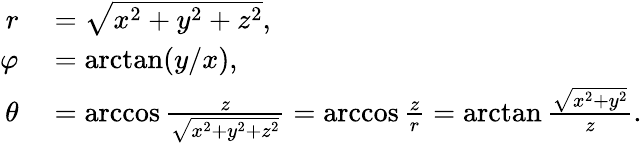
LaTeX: \begin{array}{rl}{r}&{{}={\sqrt{x^{2}+y^{2}+z^{2}}},}\\ {\varphi}&{{}=\arctan(y/x),}\\ {\theta}&{{}=\operatorname{arccos}{\frac{z}{\sqrt{x^{2}+y^{2}+z^{2}}}}=\operatorname{arccos}{\frac{z}{r}}=\arctan{\frac{\sqrt{x^{2}+y^{2}}}{z}}.}\end{array}